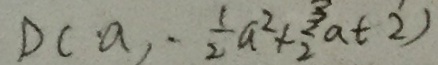
D ( a , - \frac { 1 } { 2 } a ^ { 2 } + \frac { 3 } { 2 } a t - 2 )